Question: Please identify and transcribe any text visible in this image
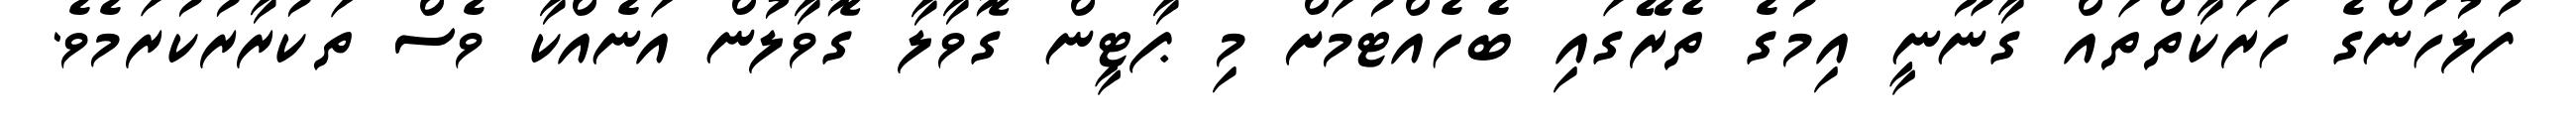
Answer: ފުލުހުންގެ ހަރަކާތްތައް ގާނޫނީ އިމުގެ ތެރޭގައި ބެހެއްޓުމަށް މި ޕާޓީން ގޮވާލާ ގޮވާލުން އަނެއްކާ ވެސް ތަކުރާރުކުރަމެވެ.